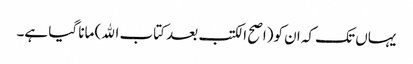
یہاں تک کہ ان کو(اصح الکتب بعد کتاب الله) مانا گیا ہے۔